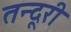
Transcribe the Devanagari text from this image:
तन्दूरी